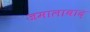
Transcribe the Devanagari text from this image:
जमालाबाद